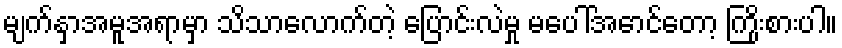
မျက်နှာအမူအရာမှာ သိသာလောက်တဲ့ ပြောင်းလဲမှု မပေါ်အောင်တော့ ကြိုးစားပါ။